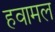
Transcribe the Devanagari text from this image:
हवामल